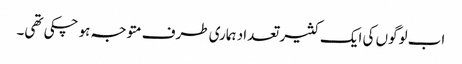
اب لوگوں کی ایک کثیر تعداد ہماری طرف متوجہ ہو چکی تھی۔